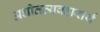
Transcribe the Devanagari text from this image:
अधीतव्यवहारार्थं